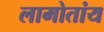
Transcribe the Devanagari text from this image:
लामोतांय